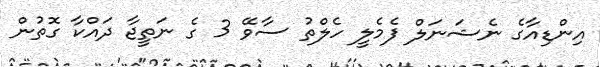
އިންޑިއާގެ ނެޝަނަލް ފެމެލީ ހެލްތު ސާވޭ 3 ގެ ނަތީޖާ ދައްކާ ގޮތުން